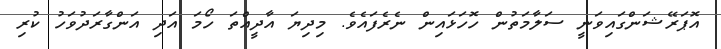
އޮޕަރޭޝަންގައިވަނީ ސަލާމަތުން ހޮހަޅައިން ނެރެފައެވެ. މިދިޔަ އާދީއްތަ ހޯމަ އަދި އަންގާރަދުވަހު ކުރި